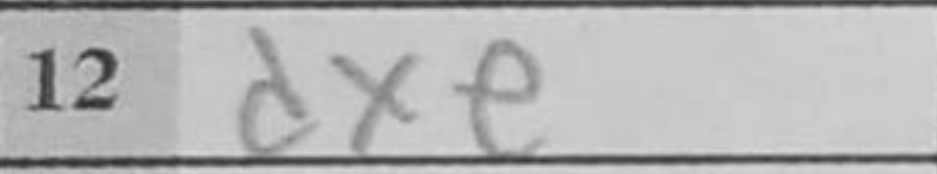
Transcription: dxe